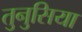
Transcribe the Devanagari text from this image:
तुनुसिया